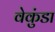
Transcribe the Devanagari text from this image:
वेकुंडा